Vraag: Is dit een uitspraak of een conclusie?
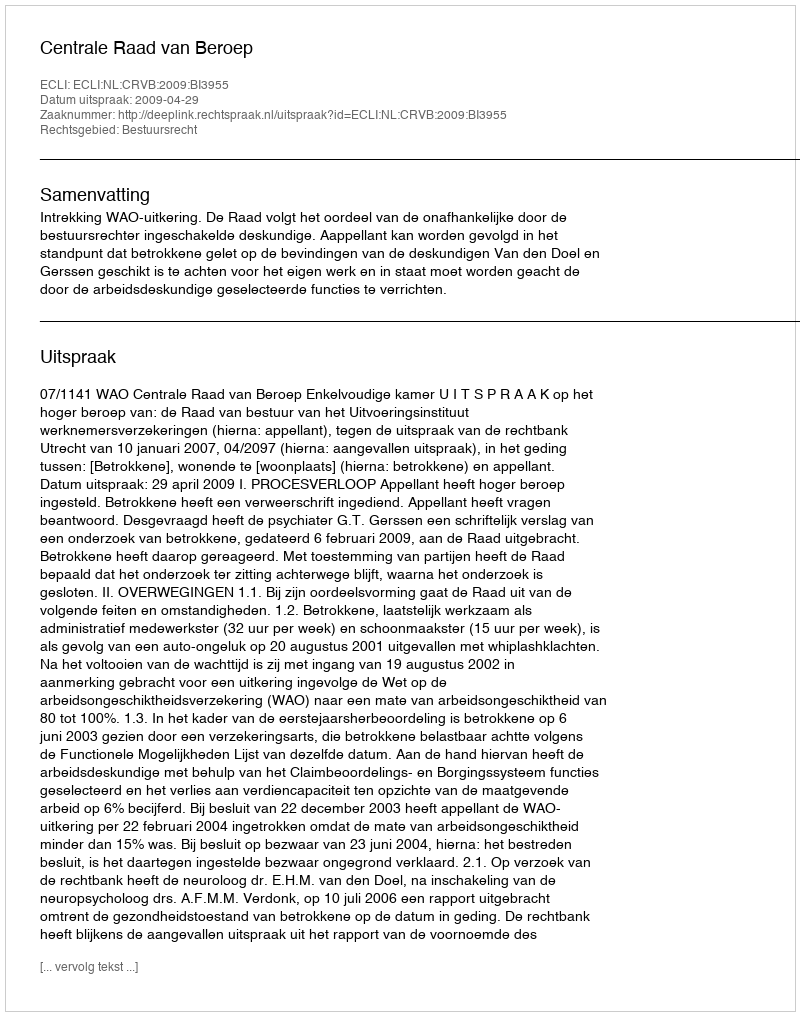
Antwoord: Uitspraak